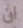
ان